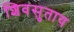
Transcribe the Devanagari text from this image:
शिवसुताय